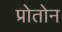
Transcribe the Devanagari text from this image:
प्रोतोन